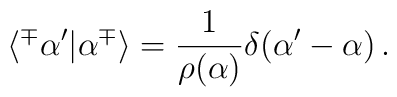
\langle ^{\mp}\alpha ' |\alpha ^{\mp}\rangle =      \frac{1}{\rho (\alpha )}\delta (\alpha '-\alpha ) \, .